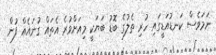
ނަމަވެސް ކަނޑުއަޑީގައި ހުރި ތެލުގެ ބޮޑު ބަޔަކީ މިއަށްވުރެ އެތައް ގުނައެއް ފުން